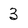
Character: 3